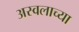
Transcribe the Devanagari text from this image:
अस्वलाच्या